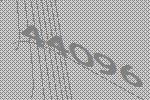
44096